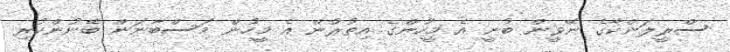
ސްރީލަންކާގެ ނޭވީން ބުނީ އެ މީހުންގެ އިތުރުން އެ މީހުން މަސްބާނަން ބޭނުންކުރި